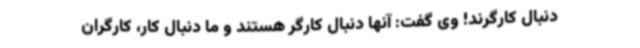
دنبال کارگرند! وی گفت: آنها دنبال کارگر هستند و ما دنبال کار، کارگران